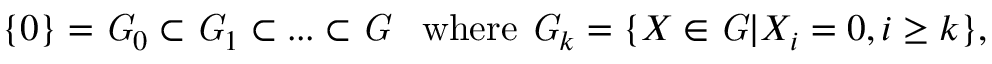
\{ 0 \} = { \it G } _ { 0 } \subset { \it G } _ { 1 } \subset . . . \subset { \it G } \; \; \; \mathrm { w h e r e ~ } { \it G } _ { k } = \{ X \in { \it G } | X _ { i } = 0 , i \geq k \} ,